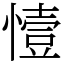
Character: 㦉